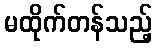
မထိုက်တန်သည့်